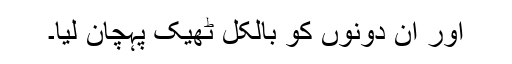
اور ان دونوں کو بالکل ٹھیک پہچان لیا۔